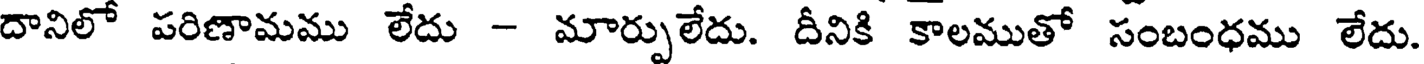
దానిలో పరిణామము లేదు - మార్పులేదు. దీనికి కాలముతో సంబంధము లేదు.